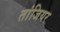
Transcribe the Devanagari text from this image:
तांजियर